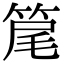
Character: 䇻